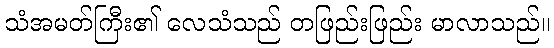
သံအမတ်ကြီး၏ လေသံသည် တဖြည်းဖြည်း မာလာသည်။